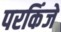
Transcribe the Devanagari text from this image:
परकिंजे